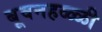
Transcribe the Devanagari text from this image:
बूवनहळ्ळी